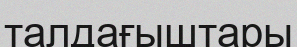
талдағыштары